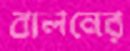
বালনের